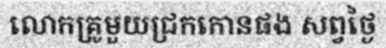
លោកគ្រូមួយជ្រកកោនផង សព្វថ្ងៃ